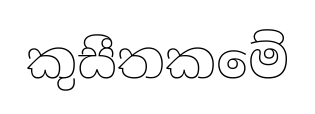
කුසීතකමේ